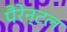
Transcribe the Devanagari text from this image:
पैरेन्टल